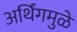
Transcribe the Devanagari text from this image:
अर्थिंगमुळे